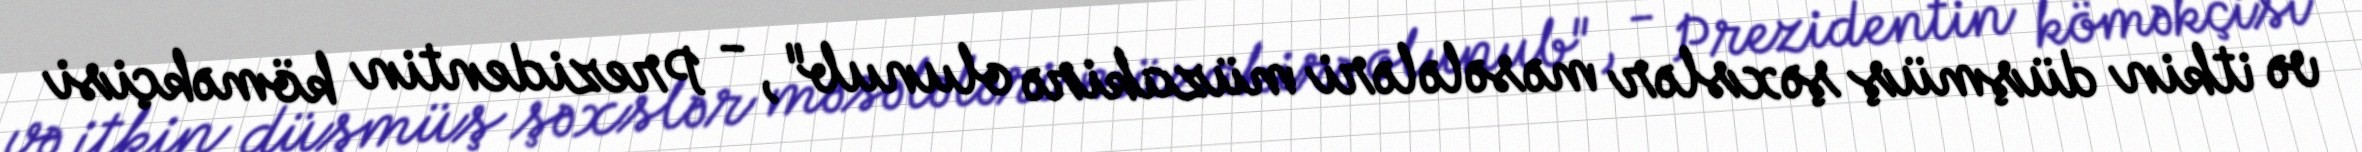
və itkin düşmüş şəxslər məsələləri müzakirə olunub", - Prezidentin köməkçisi